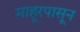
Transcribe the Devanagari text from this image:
माहूरपासून